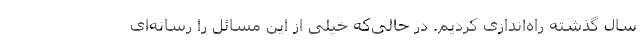
سال گذشته راه‌اندازی کردیم. در حالی‌که خیلی از این مسائل را رسانه‌ای